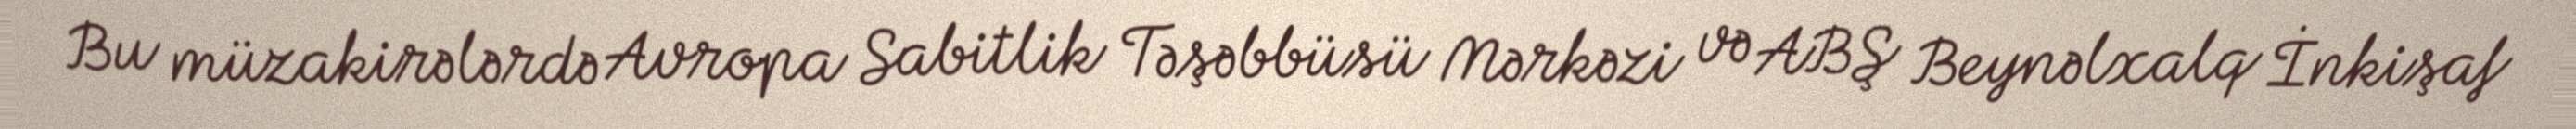
Bu müzakirələrdə Avropa Sabitlik Təşəbbüsü Mərkəzi və ABŞ Beynəlxalq İnkişaf